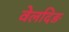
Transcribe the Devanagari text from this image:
वेलदिङ